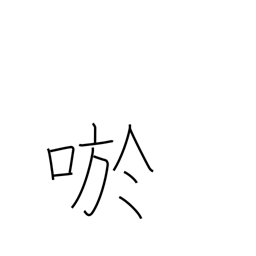
Meaning: smile